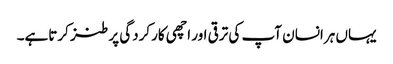
یہاں ہرانسان آپ کی ترقی اور اچھی کارکردگی پر طنز کرتاہے۔